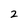
Character: 2